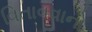
વિતાવવાનો